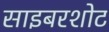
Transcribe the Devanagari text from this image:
साइबरशोट